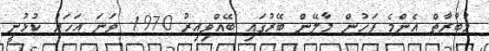
މުބާރާތް އެންމެ ފަހުން މާލޭން ބޭރުގައި ބޭއްވިއިރު 1970 ވަނަ އަހަރު ކުޅުނީ